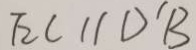
E C / / D ^ { \prime } B